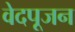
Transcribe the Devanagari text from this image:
वेदपूजन